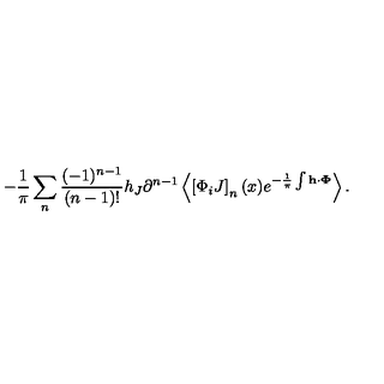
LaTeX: - \frac { 1 } { \pi } \sum _ { n } ^ { } \frac { ( - 1 ) ^ { n - 1 } } { ( n - 1 ) ! } h _ { J } \partial ^ { n - 1 } \left< \left[ \Phi _ { i } J \right] _ { n } ( x ) e ^ { - \frac { 1 } { \pi } \int { \bf h \cdot \Phi } } \right> .